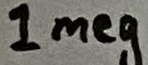
Text: 1meg